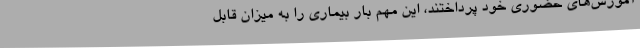
آموزش‌های حضوری خود پرداختند، این مهم بار بیماری را به میزان قابل